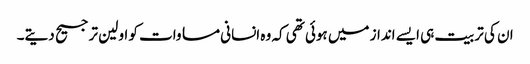
ان کی تربیت ہی ایسے انداز میں ہوئی تھی کہ وہ انسانی مساوات کو اولین ترجیح دیتے۔